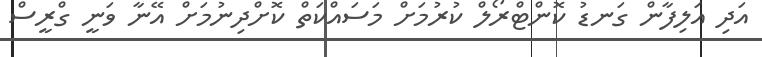
އަދި އަލިފާން ގަނޑު ކޮންޓްރޯލް ކުރުމަށް މަސައްކަތް ކޮށްދިނުމަށް އޭނާ ވަނީ ގްރީސް